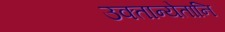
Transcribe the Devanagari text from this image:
उक्तान्येतानि